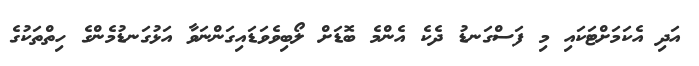
އަދި އެކަމަށްޓަކައި މި ފަސްގަނޑު ދެކެ އެންމެ ބޮޑަށް ލޯބިވެވަޑައިގަންނަވާ އަޅުގަނޑުމެންގެ ހިތްތަކުގެ